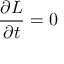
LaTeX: { \frac { \partial L } { \partial t } } = 0